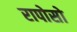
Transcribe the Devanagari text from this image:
रापोसो